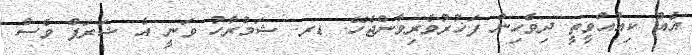
އެއް ކިއުއްވީތީ ދިވެހިން ފަޚުރުވެރިވާންޖެހޭ. ޑރ. ޝަމްރާހު ވަނީ އެ ޝަރަފް ވެސް